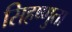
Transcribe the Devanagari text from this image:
सिहष्णुता